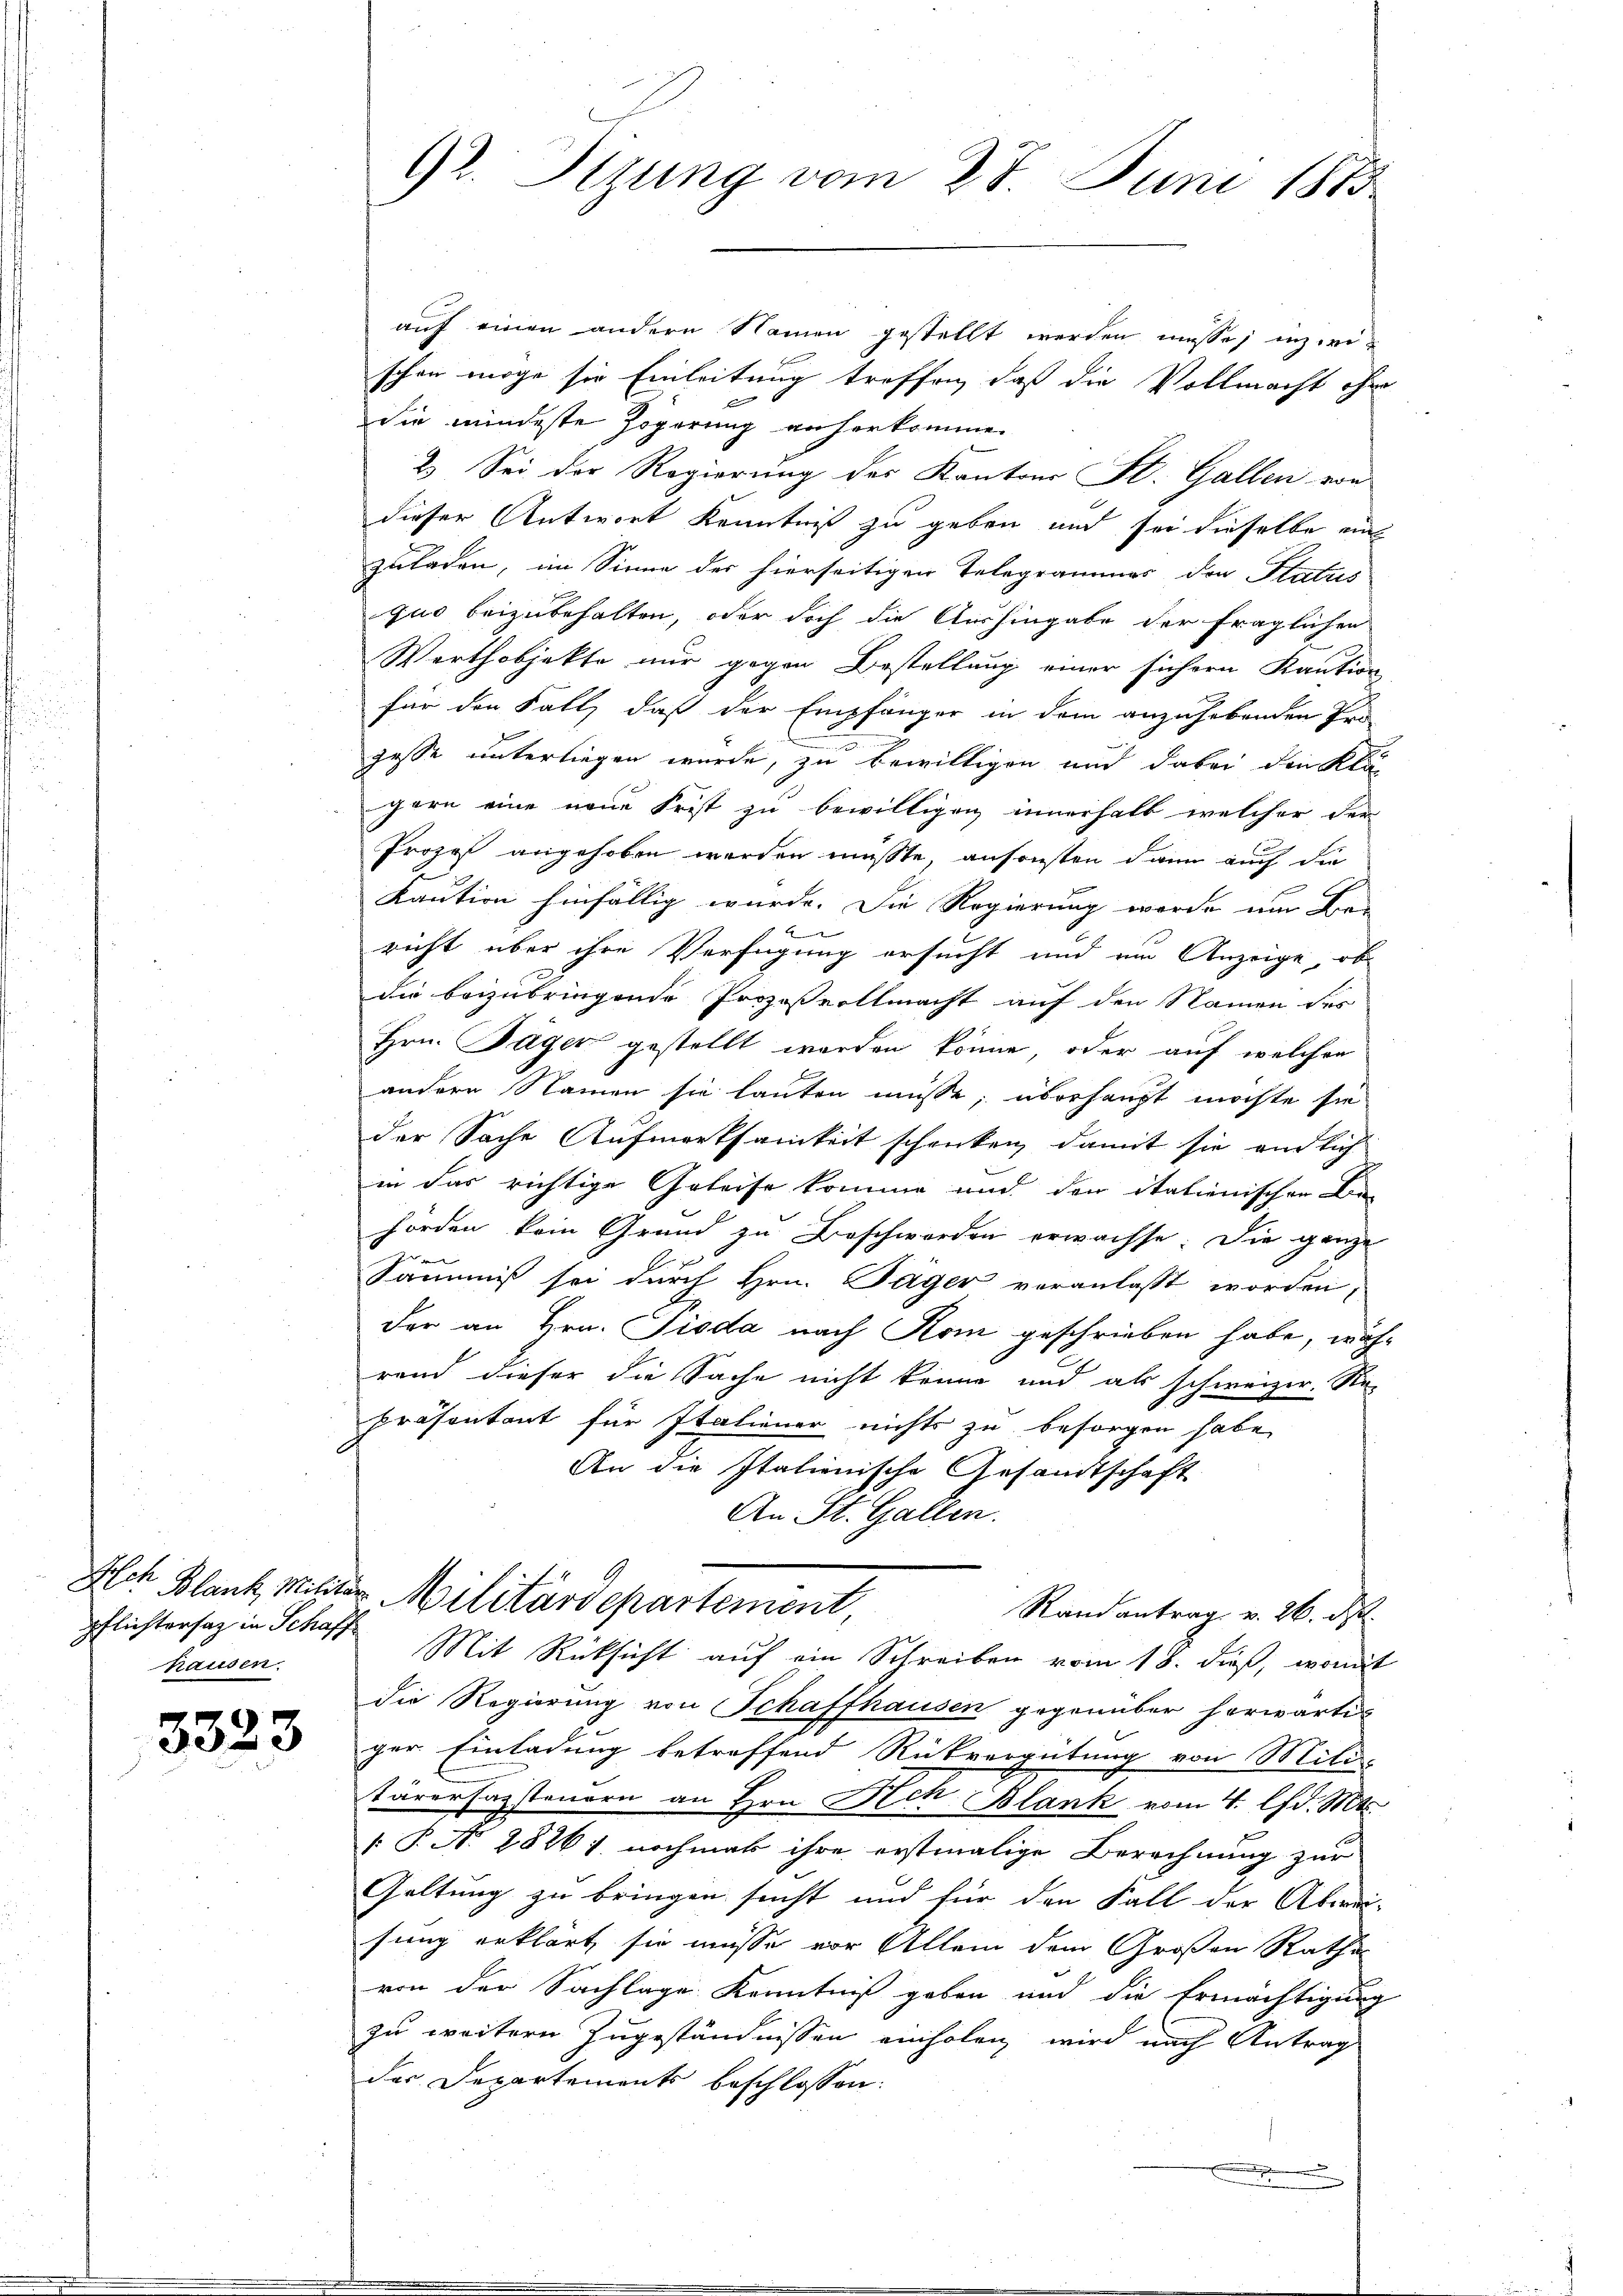
pflichtersaz in Schaff
hausen.

3323

Gr. Sizung vom 28. Juni 1813.

auf einen andern Namen gestellt werden müsse; inzwi
schon möge sie Einleitung treffen, daß die Vollmacht ohn
Sie mindeste Zögerung anherkomme.
2. Sei der Regierung des Kantons St. Gallen von
dieser Antwort Kenntniß zu geben und sei dieselbe ein
zuladen, im Sinne der hierseitigen Telegrammes der Platus
quo beizubehalten, oder doch die Aushingabe der fraglichen
Werthobjekte nur gegen Bestellung einer sichern Kaution
für den Fall, daß der Empfänger in dem anzuhebenden Pro-
gesse unterliegen wurde, zu bewilligen und dabei die Klägern eine neue Frist zu bewilligen innerhalb welcher der
Prozes angehoben werden müßte, ansonsten dann auch die
Kaution hinfällig wurde. Die Regierung werde um Be-
richt über ihre Verfügung ersucht und im Anzeige, ob
die beizubringende Prozeßvollmacht auf den Namen des
Hrn. Jäger gestellt worden könne, oder auf welchen
andern Namen sie lauten müsse; überhaupt möchte sie
der Sache Aufmerksamkeit schenken, damit sie am sich
in das richtige Geleise komme und den italienischen Be-
horden kein Grund zu Beschwerden erwachse. Die ganze
2
Samis sei durch Hrn. Täger veranlasst worden,
der an Hrn. Pioda nach Rom geschrieben habe, während dieser die Sache nicht kenne und als schweizer. Re-
Präsentant für Italiener nichts zu besorgen habe,
An die Italienische Gesandtschaft
An St. Gallen.
Alch Blank, Militer Militärdepartement
Randantrag v. 26. d.
Mit Rücksicht auf ein Schreiben vom 18. dieß, womit
die Regierung von Schaffhausen gegenüber herwärtiger Einladung betreffend Rückvergütung von Mili-
tärersagsteuern an Hrn. Hch. Blank vom 4. d. Mts.
[P. N. 2826) nochmal ihre erstmalige Berechnung zur
Geltung zu bringen sucht und für den Fall der Abwei-
sung erklärt, sie müsse vor Allem dem Großen Ratha
von der Sachlage Kenntniß geben und die Ermächtigung
zu weitern Zugeständnissen einholen wird nach Antrag
der Departements beschlossen: